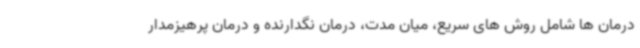
درمان ها شامل روش های سریع، میان مدت، درمان نگدارنده و درمان پرهیزمدار